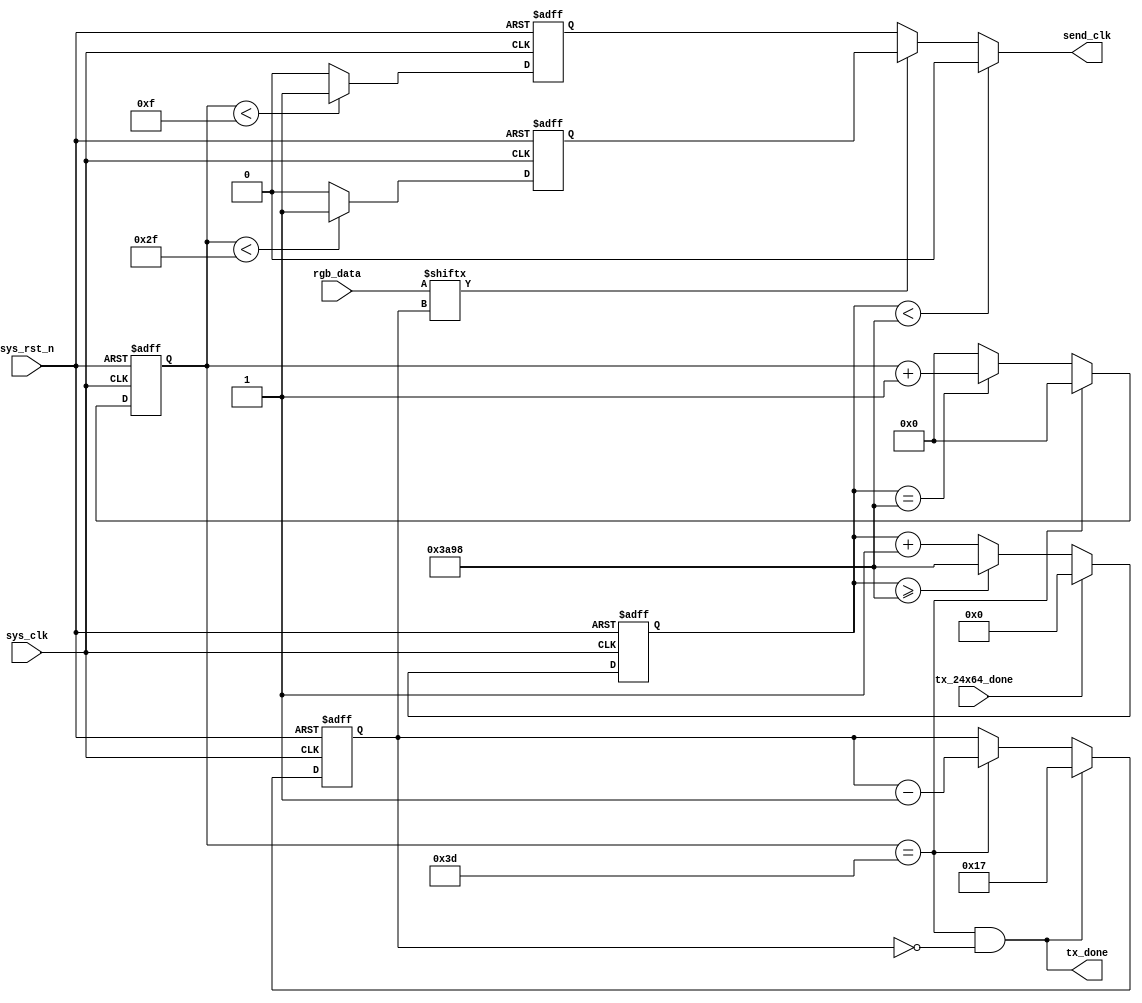
/*************************************************

           : HL_ctrl.v
*************************************
RGB0/1
1800kbit,bit621240ns
0940  300  47 15
1620  620  15 47 
data_ctrl24x64

WS2812B0/1
24bit

sof

WS2812B8x8 64RGB102430/s(33.3ms)
33.3ms
*************************************************/
module HL_ctrl (
    input           sys_clk         ,//
    input           sys_rst_n       ,//
    input [23:0]    rgb_data        ,//24RGB
    input           tx_24x64_done   ,//24x64

    output          send_clk        ,//WS2812B
    output          tx_done         //24bit
);

//300us
parameter T_300us = 15_000;

reg [13:0] cnt_300us ;//300us

//62
reg [5:0] cnt_period;
always @(posedge sys_clk or negedge sys_rst_n)begin
    if(!sys_rst_n)begin
        cnt_period <= 6'd0;
    end
    else if(cnt_period == 61)begin //1bit
        cnt_period <= 6'd0;
    end
    else if(cnt_300us == T_300us)begin
        cnt_period <= cnt_period + 1'b1;
    end
    else begin
        cnt_period <= 6'd0;
    end
end

//0
reg LOW;
always @(posedge sys_clk or negedge sys_rst_n)begin
    if(!sys_rst_n)begin
        LOW <= 1'b1;
    end
    else if(cnt_period < 15)begin
        LOW <= 1'b1;
    end
    else begin
        LOW <= 1'b0;
    end
end

//1
reg High;
always @(posedge sys_clk or negedge sys_rst_n)begin
    if(!sys_rst_n)begin
        High <= 1'b1;
    end
    else if(cnt_period < 47)begin
        High <= 1'b1;
    end
    else begin
        High <= 1'b0;
    end
end

//24bit
reg [4:0] cnt_data;
always @(posedge sys_clk or negedge sys_rst_n)begin
    if(!sys_rst_n)begin
        cnt_data <= 5'd23;//
    end
    else if(cnt_period == 61 && cnt_data ==0)begin//1bitbit24
        cnt_data <= 5'd23;
    end
    else if(cnt_period == 61)begin//1bit
        cnt_data <= cnt_data - 1'b1;
    end
    else begin//
        cnt_data <= cnt_data;
    end
end


assign tx_done = (cnt_period == 61) && (cnt_data == 0);//24bit


// reg [13:0] cnt_300us ;
always @(posedge sys_clk or negedge sys_rst_n) begin
    if(!sys_rst_n)begin
        cnt_300us <= 14'd0;
    end
    else if(tx_24x64_done)begin//
        cnt_300us <= 14'd0;
    end
    else if(cnt_300us >= T_300us )begin
        cnt_300us <= T_300us;
    end
    else begin
        cnt_300us <= cnt_300us + 1'b1;
    end
end

assign reset_done = cnt_300us >= T_300us;
//1
assign send_clk = (cnt_300us < T_300us) ? 1'b0 : rgb_data[cnt_data] ? High : LOW;
endmodule